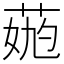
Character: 𦳹